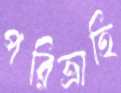
পরিত্রাহি